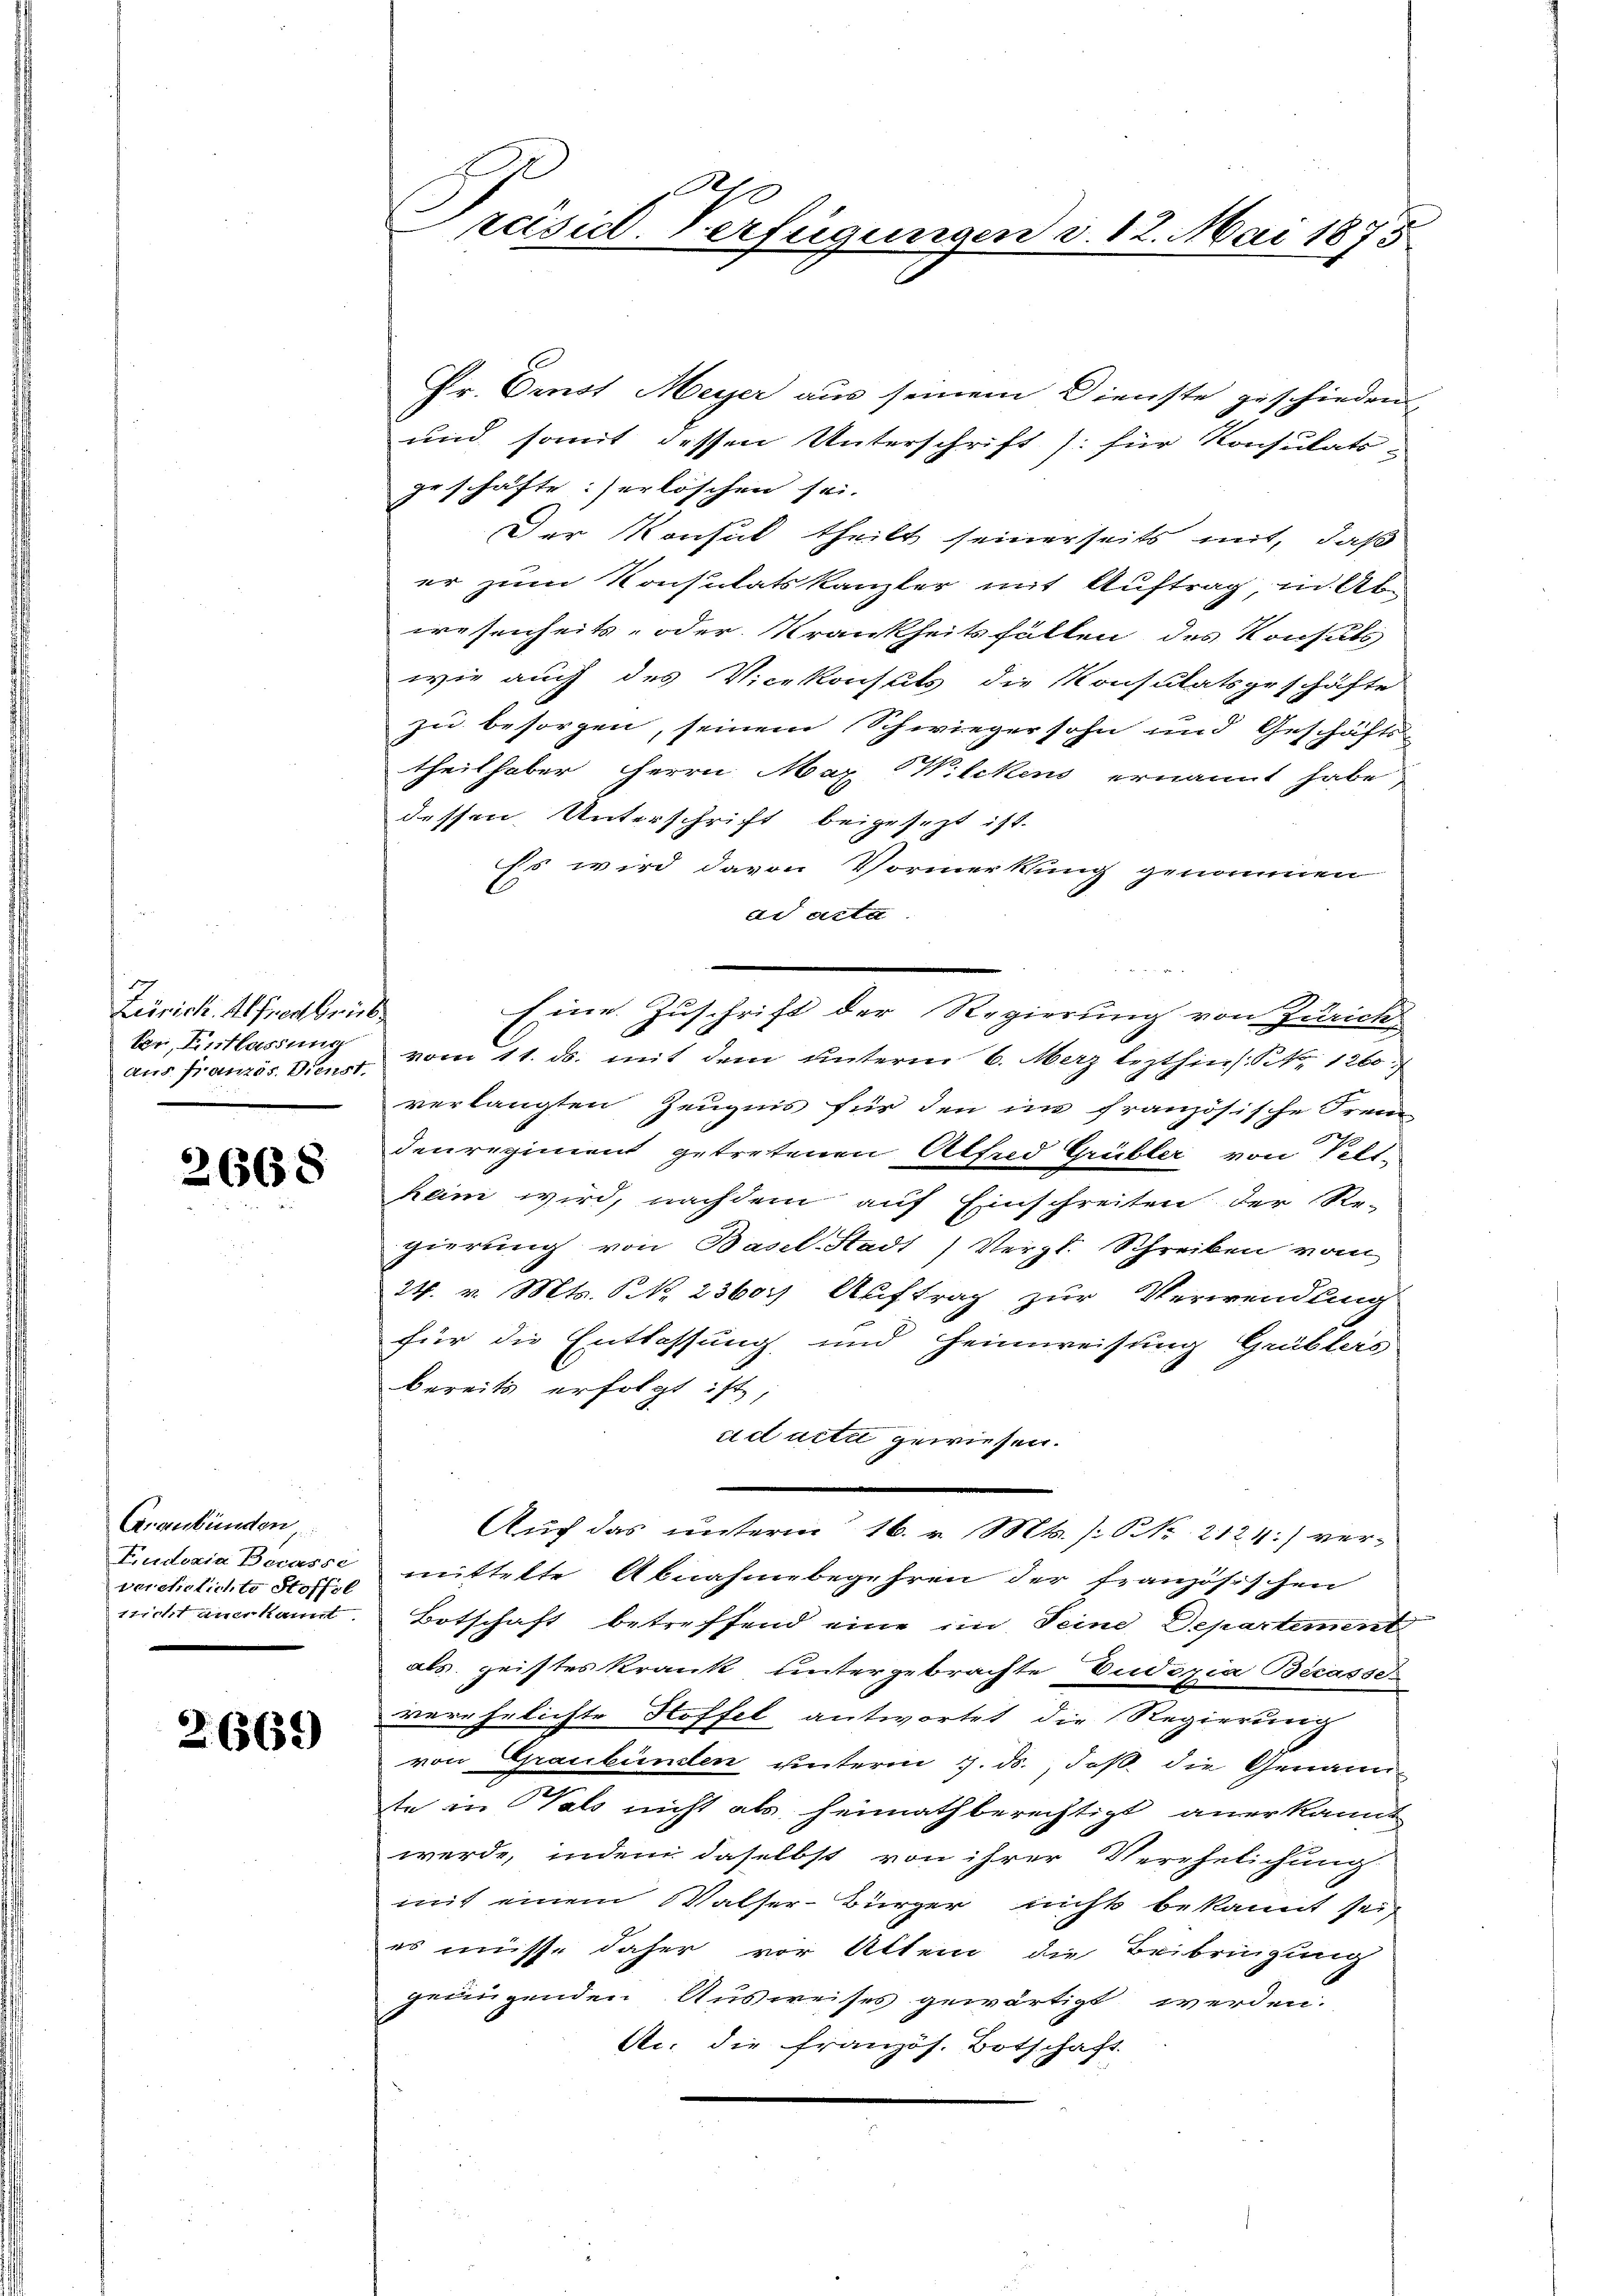
Zürich. Alfredbrüb
Bei Entlassung
aus Französ. Dienst.

2668

Graubünden
Eudoxia Berasse
verehelichte Stoffel
sticht aner kannt

2.669

h
Præsicl. Verfügungen v. 12. Mai 1875.

Pr. Ernst Meyer aus seinem Dienste geschieden,
und somit dessen Unterschrift /: für Konsulats.
geschäfte:) erlöschen sei.
Der Konsul theilt seinerseits mit, daß
er zum Konsulatskanzler mit Auftrag in Abwesenheits- oder Krankheitsfällen des Konsuls
wie auch des Vicekonsuls die Konsulatsgeschäfte
zu besorgen, seinem Schwiegersohn und Geschäfts-
theilhaber Herrn Maz Wilckens ernannt habe
dessen Unterschrift beigesezt ist.
Es wird davon Vormerkung genommen
d acta
Eine Zuschrift der Regierung von Zürich
vom 11. ds. mit dem unterm 6. Merz lezthin s. S. 1260
verlangten Zeugnis für den in französische Frei
denregiment getretenen Alfed Grübler von Pell-
kein wird, nachdem auf Einschreiten der Re-
gierung von Basel-Stadt) Vergl. Schreiben vom
24. v. Mts. S. 2360. Auftrag zur Verwendung
für die Entlassung und Heimweisung Grüblers
bereits erfolgt ist,
ad acti gewiesen.
2
Auch das unterm 16. v. Mts. [S. Nr. 2124) ver-
mittelte Abnahmebegehren der französischen
Botschaft betreffend eine im Seine Departement
als geistes Krank untergebrachte Vudizia Becasse-
verehelichte Hoffel antwortet die Regierung
von Graubünden unterm 7. ds. daß die Genann
te in Vals nicht als heimath berechtigt, anerkannt
werde, indem daselbst von ihrer Verehelichung
mit einem Walser-Bürger nicht bekannt sei,
es müsse daher vor Alten die Beibringung
genügenden Ausweises gewärtigt werden.
Str. die französ. Botschaft